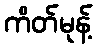
ကိတ်မုန့်